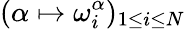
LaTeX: (\alpha\mapsto\omega_{i}^{\alpha})_{1\leq i\leq N}